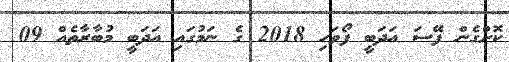
ކޮށްގެން ފޭސަ އަދަބީ ފޯވަހި 2018 ގެ ނަމުގައި އަދަބީ މުބާރާތެއް 09